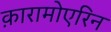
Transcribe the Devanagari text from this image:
क़ारामोएरिन